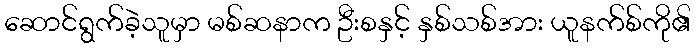
ဆောင်ရွက်ခဲ့သူမှာ မစ်ဆနာက ဦးစနှင့် နှစ်သစ်အား ယူနက်စ်ကို၏